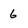
Character: 6